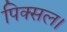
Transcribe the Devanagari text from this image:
पिक्सल।